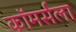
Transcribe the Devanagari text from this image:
कॉमर्सला